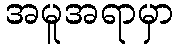
အမူအရာမှာ